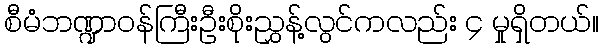
စီမံဘဏ္ဍာဝန်ကြီးဦးစိုးညွှန့်လွင်ကလည်း ၄ မှုရှိတယ်။